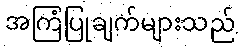
အကြံပြုချက်များသည်